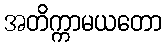
အတိက္ကာမယတော